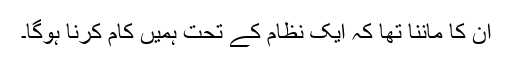
ان کا ماننا تھا کہ ایک نظام کے تحت ہمیں کام کرنا ہوگا۔